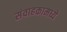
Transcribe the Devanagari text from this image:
संवाहकामध्ये